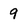
Character: 9